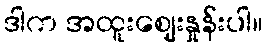
ဒါက အထူးဈေးနှုန်းပါ။